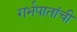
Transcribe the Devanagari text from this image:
गर्भपातांची